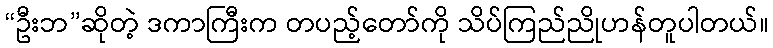
“ဦးဘ”ဆိုတဲ့ ဒကာကြီးက တပည့်တော်ကို သိပ်ကြည်ညိုဟန်တူပါတယ်။